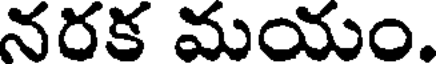
నరక మయం.